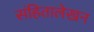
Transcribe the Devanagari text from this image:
संहितालेखन